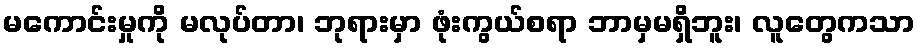
မကောင်းမှုကို မလုပ်တာ၊ ဘုရားမှာ ဖုံးကွယ်စရာ ဘာမှမရှိဘူး၊ လူတွေကသာ